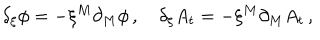
LaTeX: \delta _ { \xi } \phi = - \xi ^ { M } \partial _ { M } \phi \, , \quad \delta _ { \xi } A _ { t } = - \xi ^ { M } \partial _ { M } A _ { t } \, ,